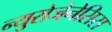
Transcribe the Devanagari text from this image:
न्युरोजेनेसिस